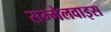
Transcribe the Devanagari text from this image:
सम्मेलवाइस